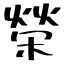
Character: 榮